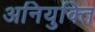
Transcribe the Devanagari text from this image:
अनियुक्ति